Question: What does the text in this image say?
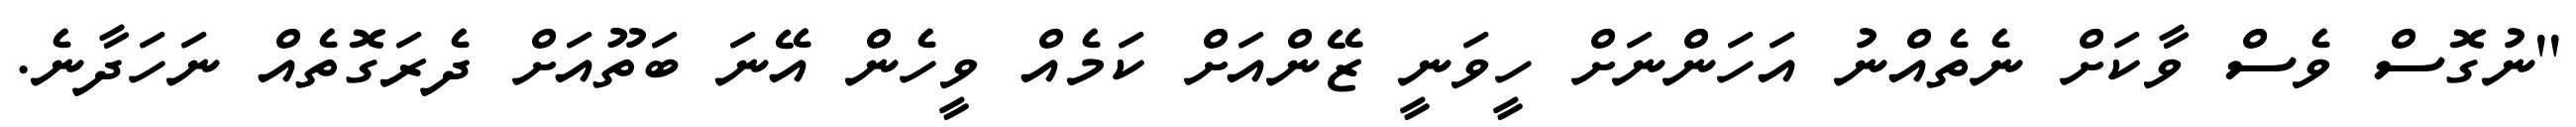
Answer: ''ނުގޮސް ވެސް ވާކަށް ނެތެއްނު އަހަންނަށް ހީވަނީ ޒޭންއަށް ކަމެއް ވީހެން އޭނަ ބަތޫއަށް ދެރަގޮތެއް ނަހަދާނެ.